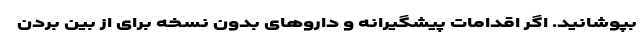
بپوشانید. اگر اقدامات پیشگیرانه و داروهای بدون نسخه برای از بین بردن